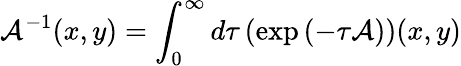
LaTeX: {\cal A}^{-1}(x,y)=\int_{0}^{\infty}d\tau\left(\exp\left(-\tau{\cal A}\right)\right)(x,y)